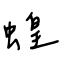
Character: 蝗